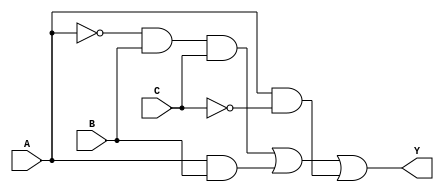
module combinational_logic (
    input wire A,   // Input variable A
    input wire B,   // Input variable B
    input wire C,   // Input variable C
    output wire Y   // Output variable
);

    // Minimized logic expression derived from hybrid minimization techniques
    // Example expression: Y = A'BC + AB + AC'
    assign Y = (~A & B & C) | (A & B) | (A & ~C);

endmodule